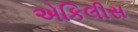
એકિલીસ